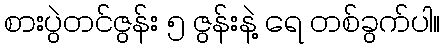
စားပွဲတင်ဇွန်း ၅ ဇွန်းနဲ့ ရေ တစ်ခွက်ပါ။